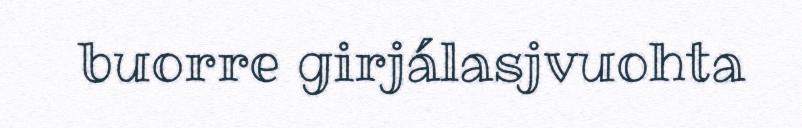
buorre girjálasjvuohta